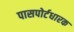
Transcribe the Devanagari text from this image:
पासपोर्टधारक